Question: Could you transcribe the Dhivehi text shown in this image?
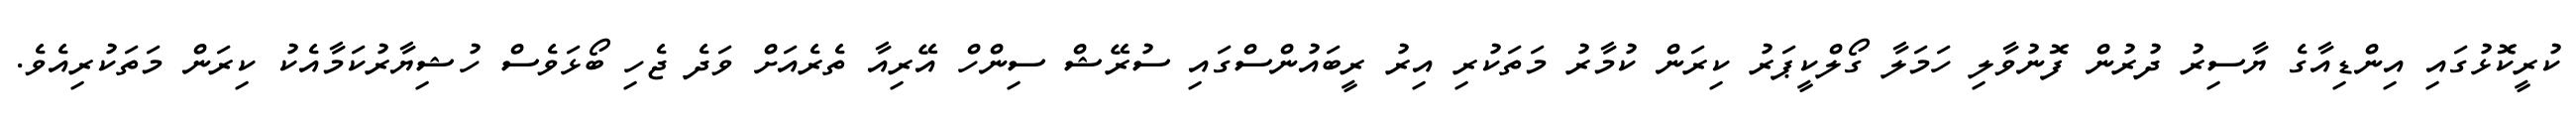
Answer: ކުރީކޮޅުގައި އިންޑިއާގެ ޔާސިރު ދުރުން ފޮނުވާލި ހަމަލާ ގޯލްކީޕަރު ކިރަން ކުމާރު މަތަކުރި އިރު ރީބައުންސްގައި ސުރޭޝް ސިންހް އޭރިއާ ތެރެއަށް ވަދެ ޖެހި ބޯޅަވެސް ހުޝިޔާރުކަމާއެކު ކިރަން މަތަކުރިއެވެ.